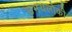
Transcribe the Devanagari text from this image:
उभयलोकी